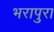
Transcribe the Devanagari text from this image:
भरापुरा